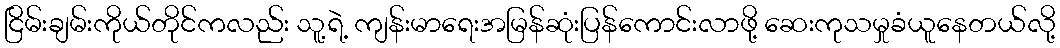
ငြိမ်းချမ်းကိုယ်တိုင်ကလည်း သူ့ရဲ့ ကျန်းမာရေးအမြန်ဆုံးပြန်ကောင်းလာဖို့ ဆေးကုသမှုခံယူနေတယ်လို့